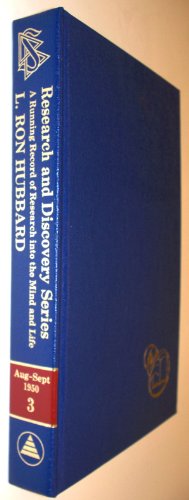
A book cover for Research and Discovery Series a Running Record of Research Into the Mind and Life Volume 3 Los Angeles 10 August- 8 September 1950; L. Ron Hubbard; Religion & Spirituality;